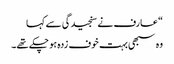
“ عارف نے سنجیدگی سے کہا
وہ سبھی بہت خوف زدہ ہو چکے تھے۔